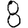
Digit: 8